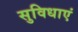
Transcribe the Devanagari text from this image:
सुविधाएं